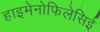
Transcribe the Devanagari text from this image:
हाइमेनोफिलेसिई